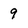
Character: 9